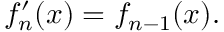
f _ { n } ^ { \prime } ( x ) = f _ { n - 1 } ( x ) .